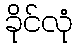
ခိုင်လုံ